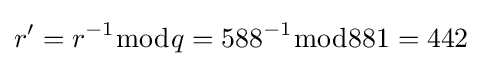
r'=r^{-1}{\bmod {q}}=588^{-1}{\bmod {8}}81=442